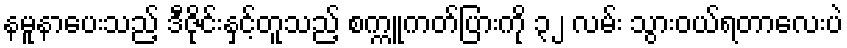
နမူနာပေးသည့် ဒီဇိုင်းနှင့်တူသည့် စက္ကူကတ်ပြားကို ၃၂ လမ်း သွားဝယ်ရတာလေးပဲ